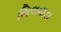
ભિલવાડા